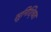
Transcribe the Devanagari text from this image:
सुनिशि्चत